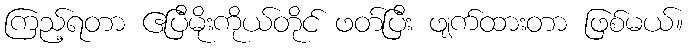
ကြည့်ရတာ ဧပြီမိုးကိုယ်တိုင် ဖတ်ပြီး ဖျက်ထားတာ ဖြစ်မယ်။